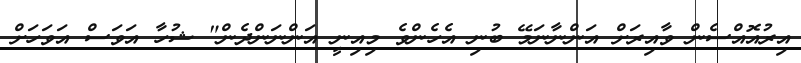
އިރުއޮއްސެން ވާއިރަށް އަންނާނަމޭ ބުނި އެހެންވެ މިއިނީ އަންނަންދެން" ޝުހާ އަވަސް އަވަހަށް